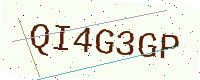
Text: QI4G3GP